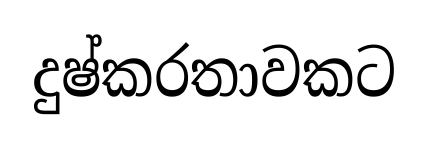
දුෂ්කරතාවකට